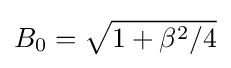
B_{0}={\sqrt {1+\beta ^{2}/4}}